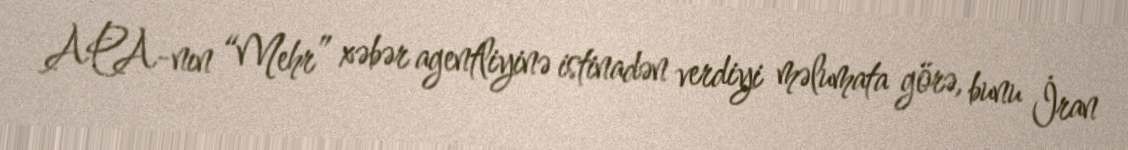
APA-nın “Mehr” xəbər agentliyinə istinadən verdiyi məlumata görə, bunu İran